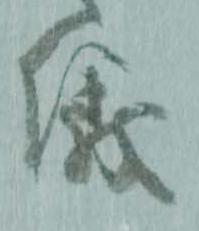
儀